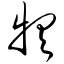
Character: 犋